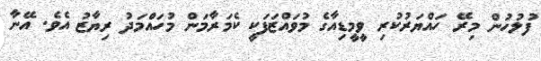
ފުލުހުން މިރޭ ހައްޔަރުކުރި ވީމީޑިއާގެ މުވައްޒަފަކީ ކެމަރާމަން މުހައްމަދު ރިޔާޒު އެވެެ. އޭނާ